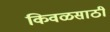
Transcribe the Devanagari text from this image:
किवळसाठी